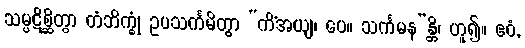
သမ္ပဋိစ္ဆိတွာ တံဘိက္ခုံ ဥပသင်္ကမိတွာ “ကိံအယျ၊ ပေ။ သင်္ကမန”န္တိ၊ ဟူ၍။ ဧဝံ,